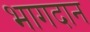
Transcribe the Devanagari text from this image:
भागदान